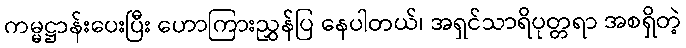
ကမ္မဋ္ဌာန်းပေးပြီး ဟောကြားညွှန်ပြ နေပါတယ်၊ အရှင်သာရိပုတ္တရာ အစရှိတဲ့